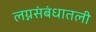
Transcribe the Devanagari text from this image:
लग्नसंबंधातली